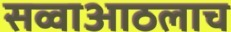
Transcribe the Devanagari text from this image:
सव्वाआठलाच